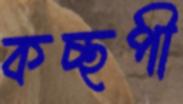
কচ্ছপী